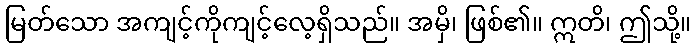
မြတ်သော အကျင့်ကိုကျင့်လေ့ရှိသည်။ အမှိ၊ ဖြစ်၏။ ဣတိ၊ ဤသို့။